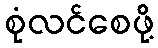
စုံလင်စေဖို့